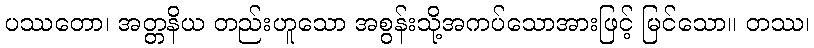
ပဿတော၊ အတ္တနိယ တည်းဟူသော အစွန်းသို့အကပ်သောအားဖြင့် မြင်သော။ တဿ၊